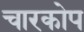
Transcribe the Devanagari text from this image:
चारकोप